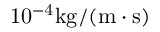
\mathrm { 1 0 ^ { - 4 } k g / ( m \cdot s ) }